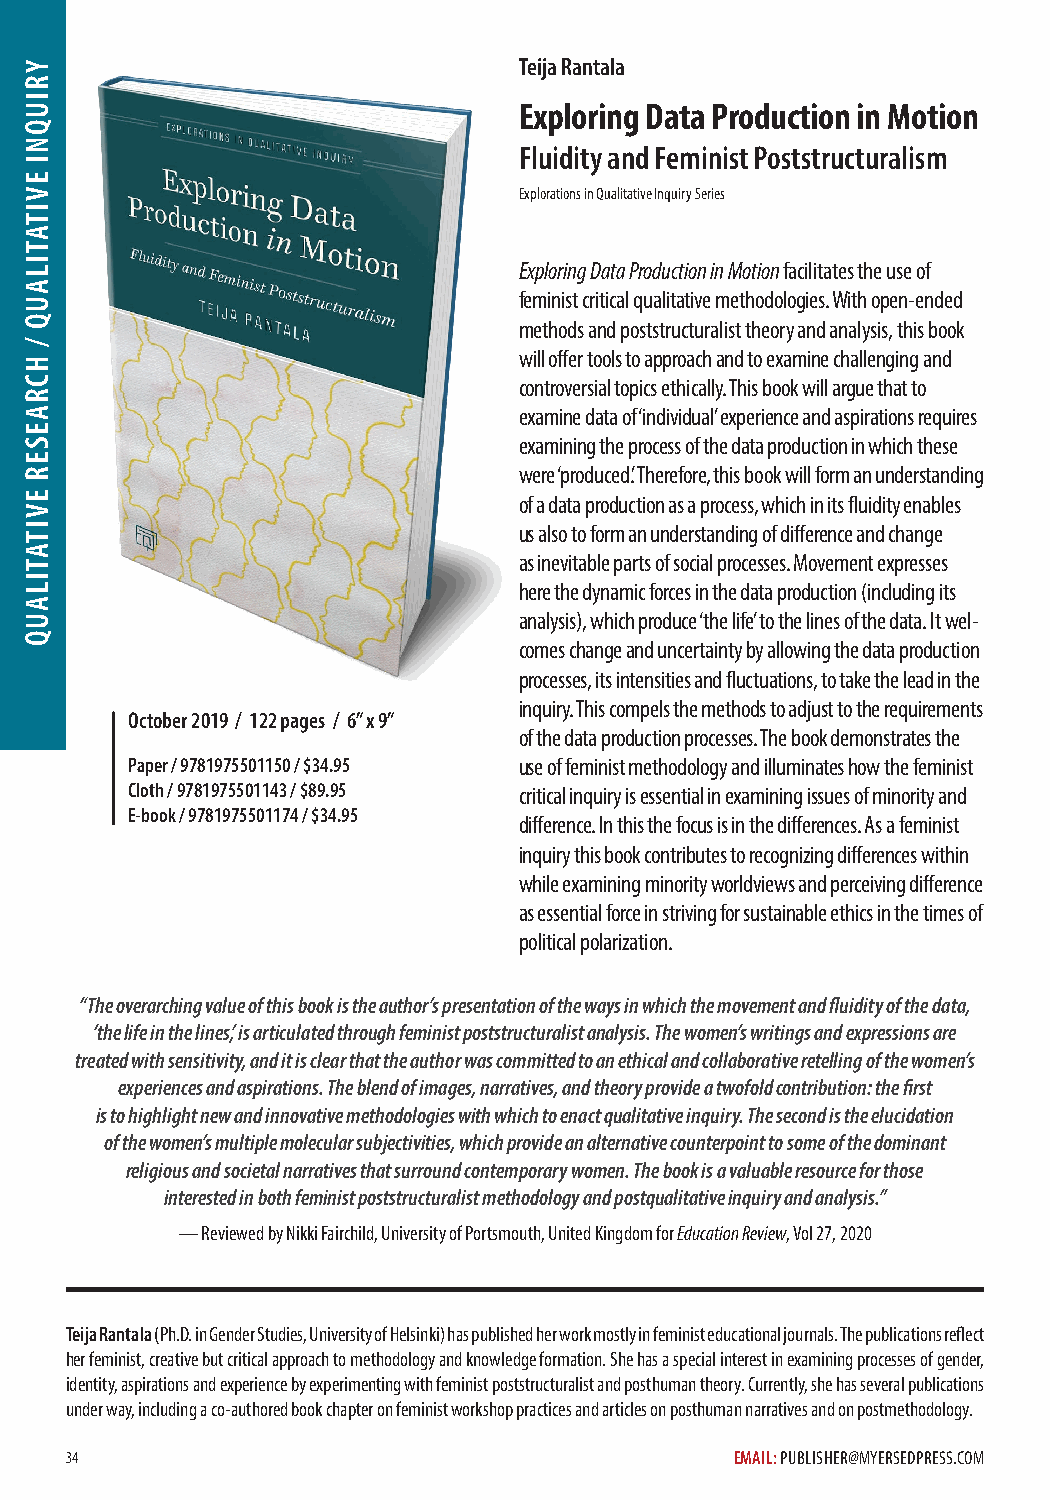
Teija Rantala
 Exploring Data Production in Motion
 Fluidity and Feminist Poststructuralism
 Explorations in Qualitative Inquiry Series
 Exploring Data Production in Motion facilitates the use of
 feminist critical qualitative methodologies. With open-ended
 methods and poststructuralist theory and analysis, this book
 will offer tools to approach and to examine challenging and
 controversial topics ethically. This book will argue that to
 examine data of ‘individual’ experience and aspirations requires
 examining the process of the data production in which these
 were ‘produced’. Therefore, this book will form an understanding
 of a data production as a process, which in its fluidity enables
 us also to form an understanding of difference and change
 as inevitable parts of social processes. Movement expresses
 here the dynamic forces in the data production (including its
 analysis), which produce ‘the life’ to the lines of the data. It wel-
 comes change and uncertainty by allowing the data production
 processes, its intensities and fluctuations, to take the lead in the
 inquiry. This compels the methods to adjust to the requirements
 October 2019 / 122 pages / 6” x 9”
 of the data production processes. The book demonstrates the
 Paper / 9781975501150 / $34.95 use of feminist methodology and illuminates how the feminist
 Cloth / 9781975501143 / $89.95 critical inquiry is essential in examining issues of minority and
 E-book / 9781975501174 / $34.95
 difference. In this the focus is in the differences. As a feminist
 inquiry this book contributes to recognizing differences within
 while examining minority worldviews and perceiving difference
 as essential force in striving for sustainable ethics in the times of
 political polarization.
 “The overarching value of this book is the author’s presentation of the ways in which the movement and fluidity of the data,
 ‘the life in the lines’, is articulated through feminist poststructuralist analysis. The women’s writings and expressions are
 treated with sensitivity, and it is clear that the author was committed to an ethical and collaborative retelling of the women’s
 experiences and aspirations. The blend of images, narratives, and theory provide a twofold contribution: the first
 is to highlight new and innovative methodologies with which to enact qualitative inquiry. The second is the elucidation
 of the women’s multiple molecular subjectivities, which provide an alternative counterpoint to some of the dominant
 religious and societal narratives that surround contemporary women. The book is a valuable resource for those
 interested in both feminist poststructuralist methodology and postqualitative inquiry and analysis.”
 — Reviewed by Nikki Fairchild, University of Portsmouth, United Kingdom for Education Review, Vol 27, 2020
 Teija Rantala (Ph.D. in Gender Studies, University of Helsinki) has published her work mostly in feminist educational journals. The publications reflect
 her feminist, creative but critical approach to methodology and knowledge formation. She has a special interest in examining processes of gender,
 identity, aspirations and experience by experimenting with feminist poststructuralist and posthuman theory. Currently, she has several publications
 under way, including a co-authored book chapter on feminist workshop practices and articles on posthuman narratives and on postmethodology.
 34                                           EMAIL: PUBLISHER@MYERSEDPRESS.COM
 YRIUQNI
 EVITATILAUQ
 /
 HCRAESER
 EVITATILAUQ